Leaving Certificate Examination, 1904
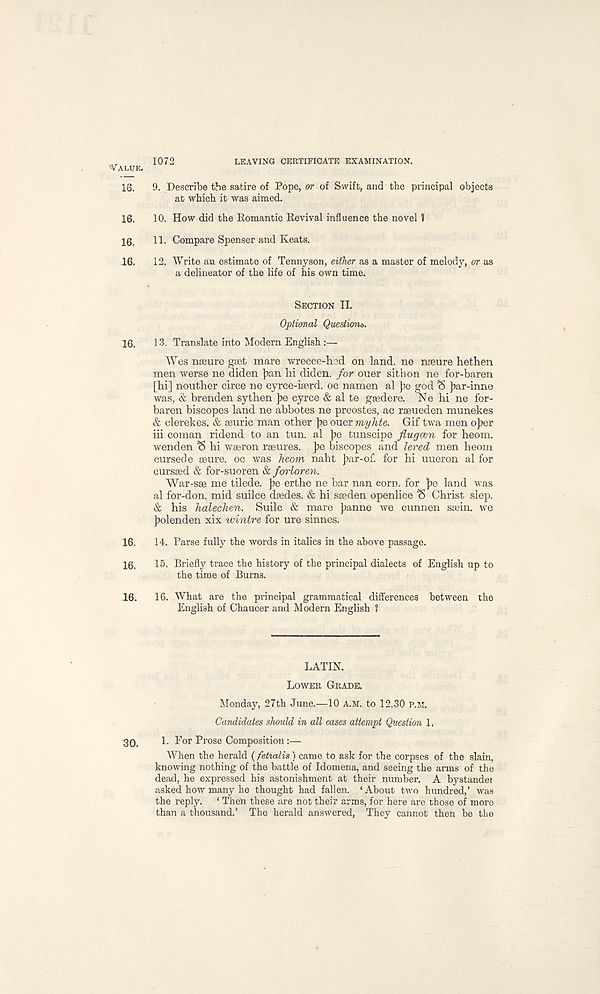
'•VALUE.
1072
LEAVING CERTIFICATE EXAMINATION.
16.
9. Describe the satire of Pope, or of Swift, and the principal objects
at which it was aimed.
16.
10. How did the Romantic Revival influence the novel ?
16.
11. Compare Spenser and Keats.
16.
12. Write an estimate of Tennyson, either as a master of melody, or as
a delineator of the life of his own time.
SECTION II.
Optional Questions.
16.
13. Translate into Modern English :—
Wes neeure gaet mare wrecce-hed on land, ne nseure hethen
men werse ne diden j)an hi diden. for ouer sithon ne for-baren
[hi] nouther circe ne cyrce-iserd. oc namen al pe god (5 })ar-inne
was, & brenden sythen Ipe cyrce & al te gsedere. Ne hi ne for-
baren hi scopes land ne abbotes ne preostes, ac raeueden munekes
& clerekes. & aeuric man other j)e ouer myhte. Gif twa men oJ>er
iii coman ridend to an tun. al ]ie tunscipe jlugcen for heom.
wenden ‘S hi waeron rseures. J>e biscopes and lered men heom
cursede aeure. oc was heom naht ])ar-of. for hi uueron al for
curssed & for-suoren & forloren.
War-sae me tilede. J)e erthe ne bar nan corn, for f>e land was
al for-don. mid suilce daades. & hi saeden openlice <5 Christ slep.
& his halechen. Suilc & mare jjanne we cunnen saein. we
Jiolenden xix wintre for ure sinnes.
16.
14. Parse fully the words in italics in the above passage.
16.
15. Briefly trace the history of the principal dialects of English up to
the time of Burns.
16.
16. What are the principal grammatical differences between the
English of Chaucer and Modern English 1
LATIN.
LOWER GRADE.
Monday, 27th June.—10 A.M. to 12.30 P.M.
Candidates should in all cases attempt Question 1.
30.
1. For Prose Composition:—
When the herald {fetialis) came to ask for the corpses of the slain,
knowing nothing of the battle of Idomena, and seeing the arms of the
dead, he expressed his astonishment at their number. A bystandei
asked how many he thought had fallen. ‘About two hundred,’ was
the reply. ‘ Then these are not their arms, for here are those of more
than a thousand.’ The herald answered, They cannot then be the